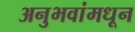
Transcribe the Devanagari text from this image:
अनुभवांमधून